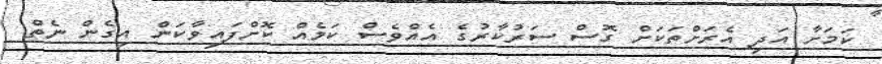
ކަމަށާ އަދި އެރަށްތަކަށް ގޮސް ސަރުކާރުގެ އެއްވެސް ކަމެއް ކޮށްފައިވާކަން އިގެން ނެތް